Papers set at the Examination for Leaving Certificates, 1894
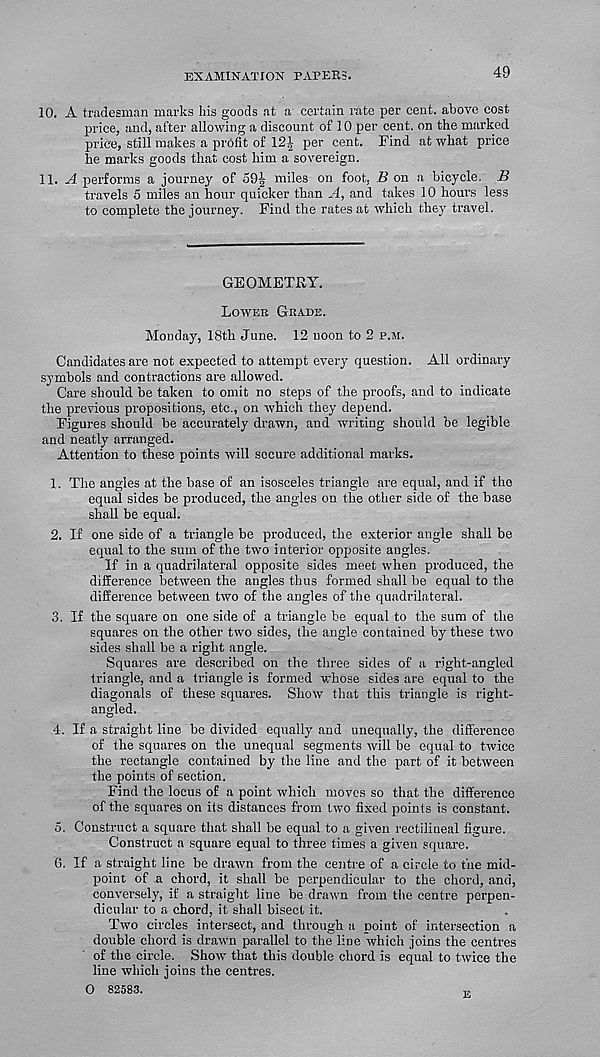
EXAMINATION PAPERS.
49
10. A tradesman marks his goods at a certain rate per cent, above cost
price, and, after allowing a discount of 10 per cent, on the marked
price, still makes a profit of 12^ per cent. Find at what price
he marks goods that cost him a sovereign.
11. ^4 performs a journey of 59J miles on foot. B on a bicycle, B
travels 5 miles an hour quicker than A, and takes 10 hours less
to complete the journey. Find the rates at which they travel.
GEOMETRY.
Loweb Gkade.
Monday, 18th June. 12 noon to 2 p.m.
Candidates are not expected to attempt every question. All ordinary
symbols and contractions are allowed.
Care should be taken to omit no steps of the proofs, and to indicate
the previous propositions, etc., on which they depend.
Figures should be accurately drawn, and writing should be legible
and neatly arranged.
Attention to these points will secure additional marks.
1. The angles at the base of an isosceles triangle are equal, and if the
equal sides be produced, the angles on the other side of the base
shall be equal.
2. If one side of a triangle be produced, the exterior angle shall be
equal to the sum of the two interior opposite angles.
If in a quadrilateral opposite sides meet when produced, the
difference between the angles thus formed shall be equal to the
difference between two of the angles of the quadrilateral.
3. If the square on one side of a triangle be equal to the sum of the
squares on the other two sides, the angle contained by these two
sides shall be a right angle.
Squares are described on the three sides of a right-angled
triangle, and a triangle is formed whose sides are equal to the
diagonals of these squares. Show that this triangle is right-
angled.
4. If a straight line be divided equally and unequally, the difference
of the squares on the unequal segments will be equal to twice
the rectangle contained by the line and the part of it between
the points of section.
Find the locus of a point which moves so that the difference
of the squares on its distances from two fixed points is constant.
5. Construct a square that shall be equal to a given rectilineal figure.
Construct a square equal to three times a given square.
6. If a straight line be drawn from the centre of a circle to the mid-
point of a chord, it shall be perpendicular to the chord, and,
conversely, if a straight line be drawn from the centre perpen-
dicular to a chord, it shall bisect it.
Two circles intersect, and through a point of intersection a
double chord is drawn parallel to the line which joins the centres
of the circle. Show that this double chord is equal to twice the
line which joins the centres.
0 82583.
P